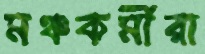
মঞ্চকর্মীরা